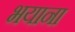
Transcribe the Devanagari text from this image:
भयाना